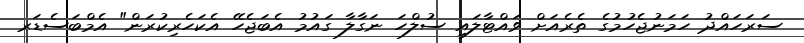
ސަރަހައްދު ހަމަނުޖެހުމުގެ ތެރެއަށް ވައްޓާލައި ސުލްހަ ނަގާލާ ގައުމު އެބަޖެހޭ އެކަހެރިކުރަން" އެމްބަސެޑަރ